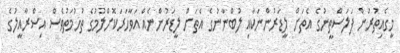
މީގެއިތުރުން ފަލަސްތީނުގެ އެތަށް ލީޑަރުންނަކާއި ލުބްނާނުގެ އެތަށް ލީޑަރުންނެއް އަވާހަރަކޮށްލުމުގެ ތުހުމަތުވެސް އިސްރާއީލުގެ